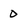
Character: 0